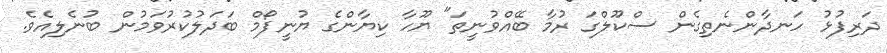
ދަރިފުޅު ހަނދާންނެތިގެން ސްކޫލްގަ ރުމާ ބޭއްވުނީތަ" ޔޫހާ ކިޔާންގެ ޔުނީފޯމް ބަދަލުކުރުވަމުން ބުނެލިއެވެ.